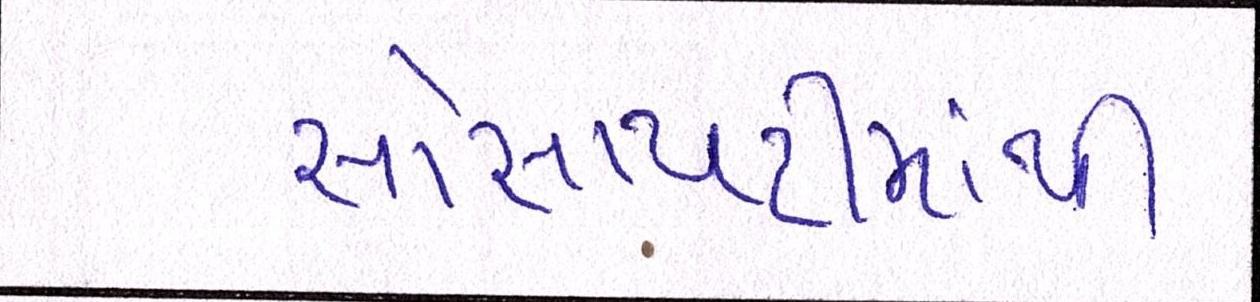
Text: સોસાયટીમાંથી